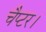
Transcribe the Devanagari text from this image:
चैप्टर।